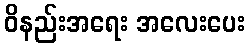
ဝိနည်းအရေး အလေးပေး